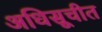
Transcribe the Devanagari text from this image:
अधिसूचीत